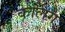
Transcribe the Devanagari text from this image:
कर्लिग